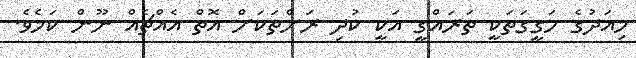
މިއަދުގެ ހަގީގަތަކީ ތަރައްގީ އަކީ ކުދި ރަށްތަކަށް އޮތް އެއްޗެއް ނޫން ކަމެވެ.